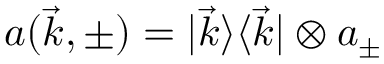
a ( \vec { k } , \pm ) = | \vec { k } \rangle \langle \vec { k } | \otimes a _ { \pm }